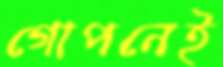
গোপনেই